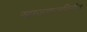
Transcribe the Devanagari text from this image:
खाजणजमिनीत